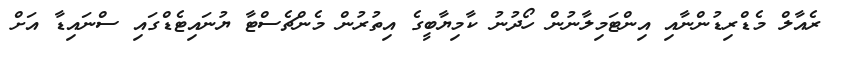
ރެއާލް މެޑްރިޑުންނާއި އިންޓަމިލާނުން ހޯދުނު ކާމިޔާބީގެ އިތުރުން މެންޗެސްޓާ ޔުނައިޓެޑްގައި ސްނައިޑާ އަށް